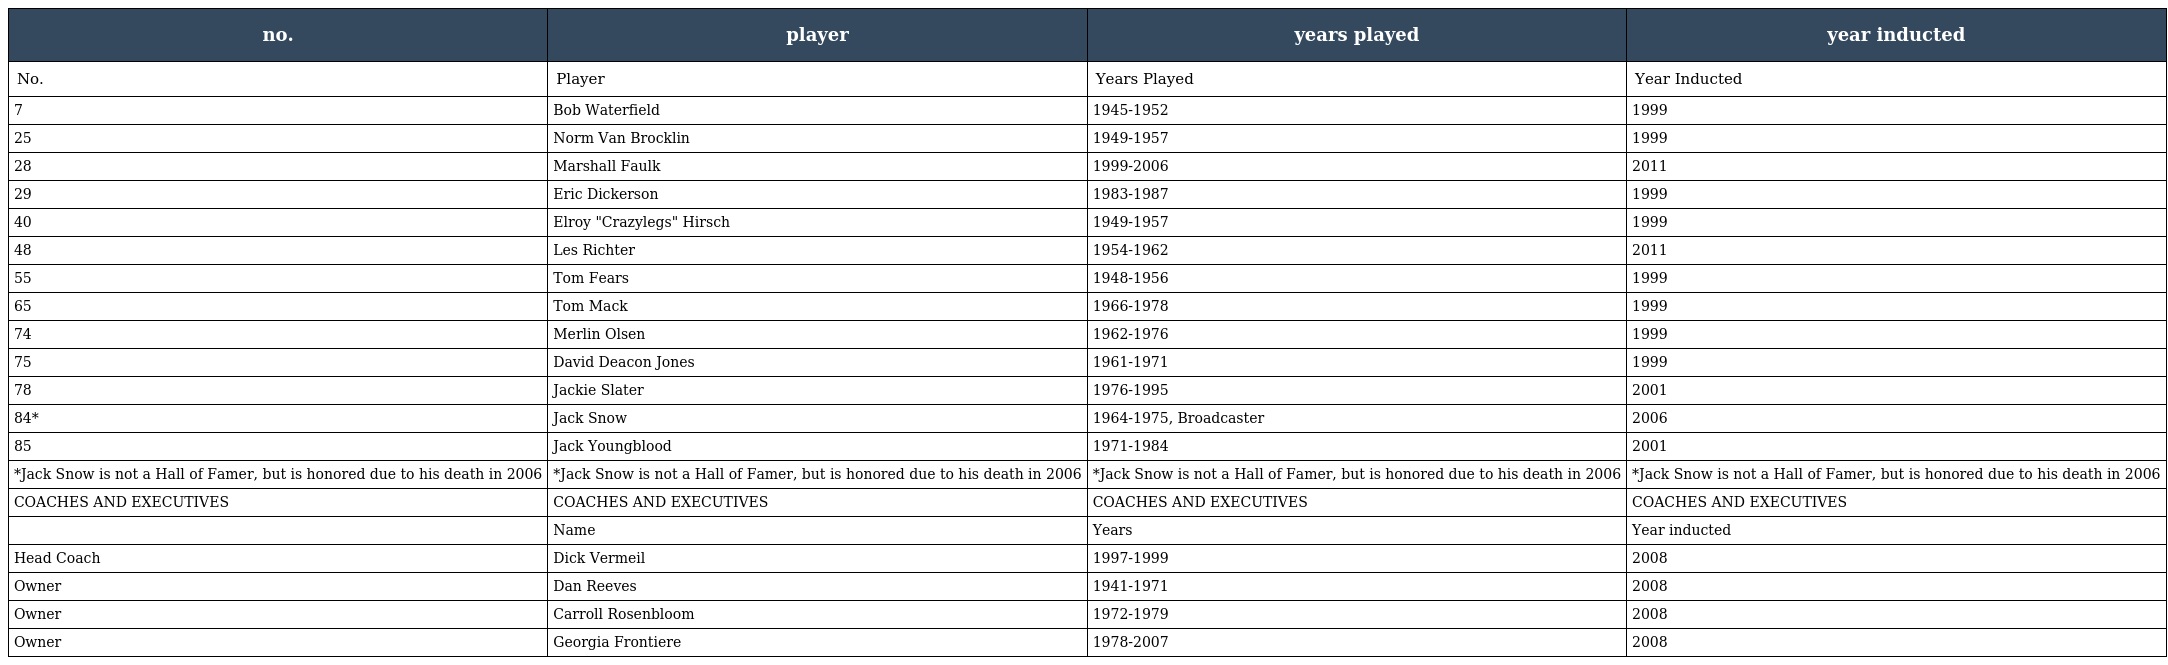
| no. | player | years played | year inducted |
 | --- | --- | --- | --- |
 | No. | Player | Years Played | Year Inducted |
 | 7 | Bob Waterfield | 1945-1952 | 1999 |
 | 25 | Norm Van Brocklin | 1949-1957 | 1999 |
 | 28 | Marshall Faulk | 1999-2006 | 2011 |
 | 29 | Eric Dickerson | 1983-1987 | 1999 |
 | 40 | Elroy "Crazylegs" Hirsch | 1949-1957 | 1999 |
 | 48 | Les Richter | 1954-1962 | 2011 |
 | 55 | Tom Fears | 1948-1956 | 1999 |
 | 65 | Tom Mack | 1966-1978 | 1999 |
 | 74 | Merlin Olsen | 1962-1976 | 1999 |
 | 75 | David Deacon Jones | 1961-1971 | 1999 |
 | 78 | Jackie Slater | 1976-1995 | 2001 |
 | 84* | Jack Snow | 1964-1975, Broadcaster | 2006 |
 | 85 | Jack Youngblood | 1971-1984 | 2001 |
 | *Jack Snow is not a Hall of Famer, but is honored due to his death in 2006 | *Jack Snow is not a Hall of Famer, but is honored due to his death in 2006 | *Jack Snow is not a Hall of Famer, but is honored due to his death in 2006 | *Jack Snow is not a Hall of Famer, but is honored due to his death in 2006 |
 | COACHES AND EXECUTIVES | COACHES AND EXECUTIVES | COACHES AND EXECUTIVES | COACHES AND EXECUTIVES |
 |  | Name | Years | Year inducted |
 | Head Coach | Dick Vermeil | 1997-1999 | 2008 |
 | Owner | Dan Reeves | 1941-1971 | 2008 |
 | Owner | Carroll Rosenbloom | 1972-1979 | 2008 |
 | Owner | Georgia Frontiere | 1978-2007 | 2008 |